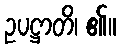
ဥပဋ္ဌာတိ၊ ၏။